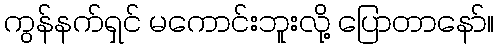
ကွန်နက်ရှင် မကောင်းဘူးလို့ ပြောတာနော်။